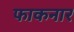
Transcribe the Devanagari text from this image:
फाकनार